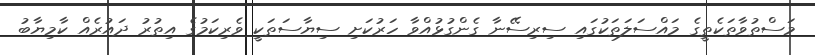
މަސްތުވާތަކެތީގެ މައްސަލަތަކުގައި ސިރިސޭނާ ގެންގުޅުއްވާ ހަރުކަށި ސިޔާސަތަކީ ވެރިކަމުގެ އިތުރު ދައުރެއް ކާމިޔާބު